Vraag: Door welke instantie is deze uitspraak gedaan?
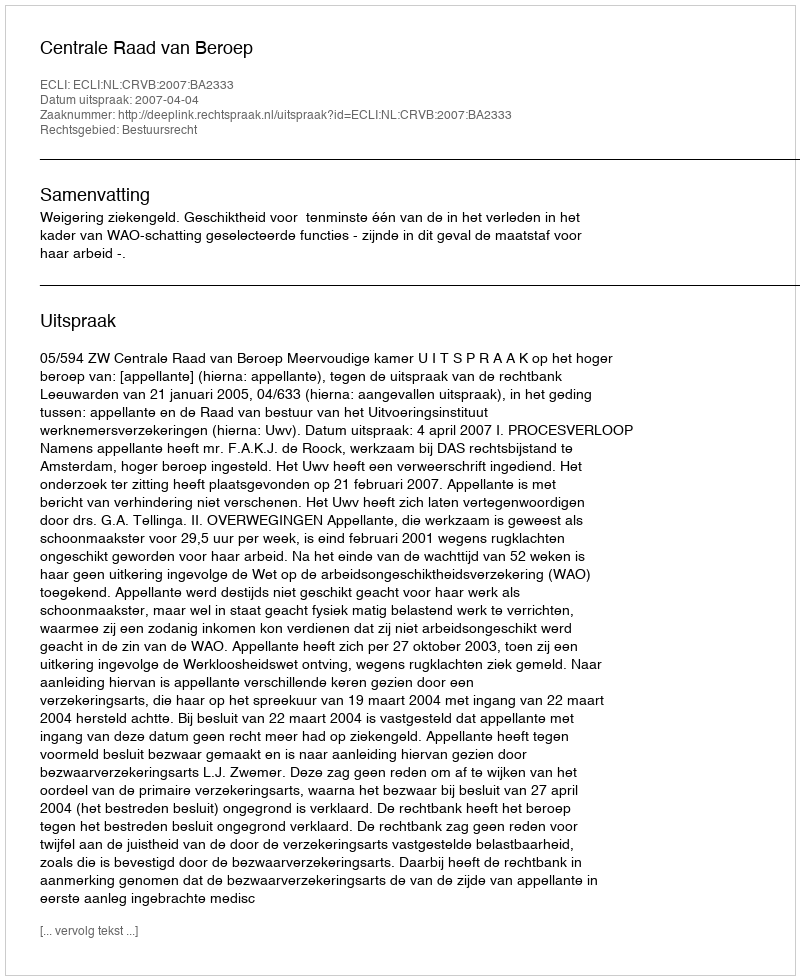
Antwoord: Centrale Raad van Beroep